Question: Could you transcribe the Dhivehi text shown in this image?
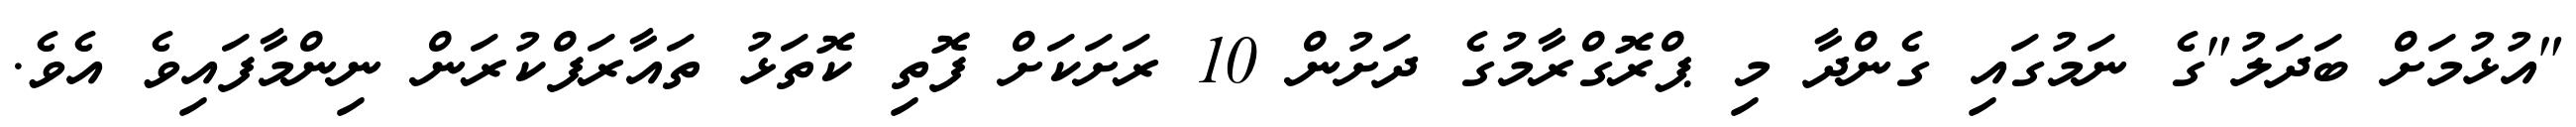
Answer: "އުޅުމަށް ބަދަލު"ގެ ނަމުގައި ގެންދާ މި ޕްރޮގްރާމުގެ ދަށުން 10 ރަށަކަށް ފޮތި ކޮތަޅު ތައާރަފްކުރަން ނިންމާފައިވެ އެވެ.